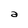
Character: a